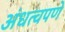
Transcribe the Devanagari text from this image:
अंधत्वपणे